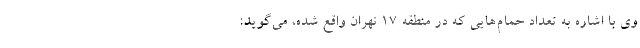
وی با اشاره به تعداد حمام‌هایی که در منطقه ۱۷ تهران واقع شده، می‌گوید: